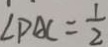
\angle P A C = \frac { 1 } { 2 }